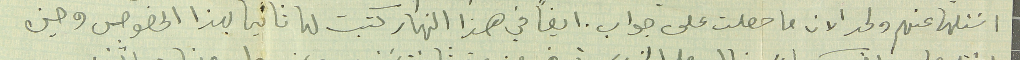
اسَئلها عنهم ولحد الان ما حصلت على جواب. ايضًا في هذا النهار كتبت لها ثانيا بهذا الخصوص وحين